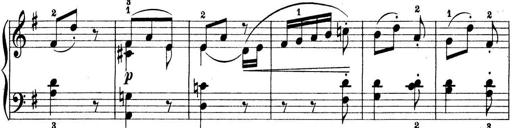
Title: Preis-Sonatine
Composer: Ernst James Bremner